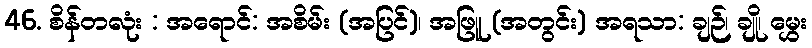
46. စိန်တလုံး : အရောင်: အစိမ်း (အပြင်)၊ အဖြူ (အတွင်း) အရသာ: ချဉ်၊ ချို၊ မွှေး